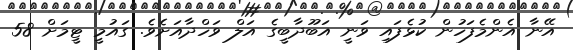
އޭނާ އެންމެފަހުން ކުޅެފައި ވަނީ އަބޫދާބީގެ އަލް ވަހްދާއަށެވެ. ގައުމީ ޓީމަށް 58